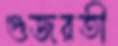
গুজরতী